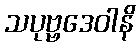
သပုဗ္ဗဒေဝါနိ